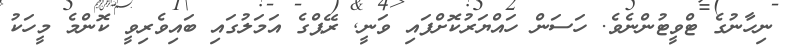
ނިހާނުގެ ޓްވީޓުންނެވެ. ހަސަން ހައްޔަރުކޮށްފައި ވަނީ